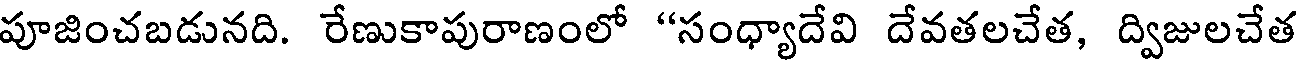
పూజించబడునది. రేణుకాపురాణంలో "సంధ్యాదేవి దేవతలచేత, ద్విజులచేత